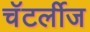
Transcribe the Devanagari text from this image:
चॅटर्लीज